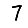
Digit: 7